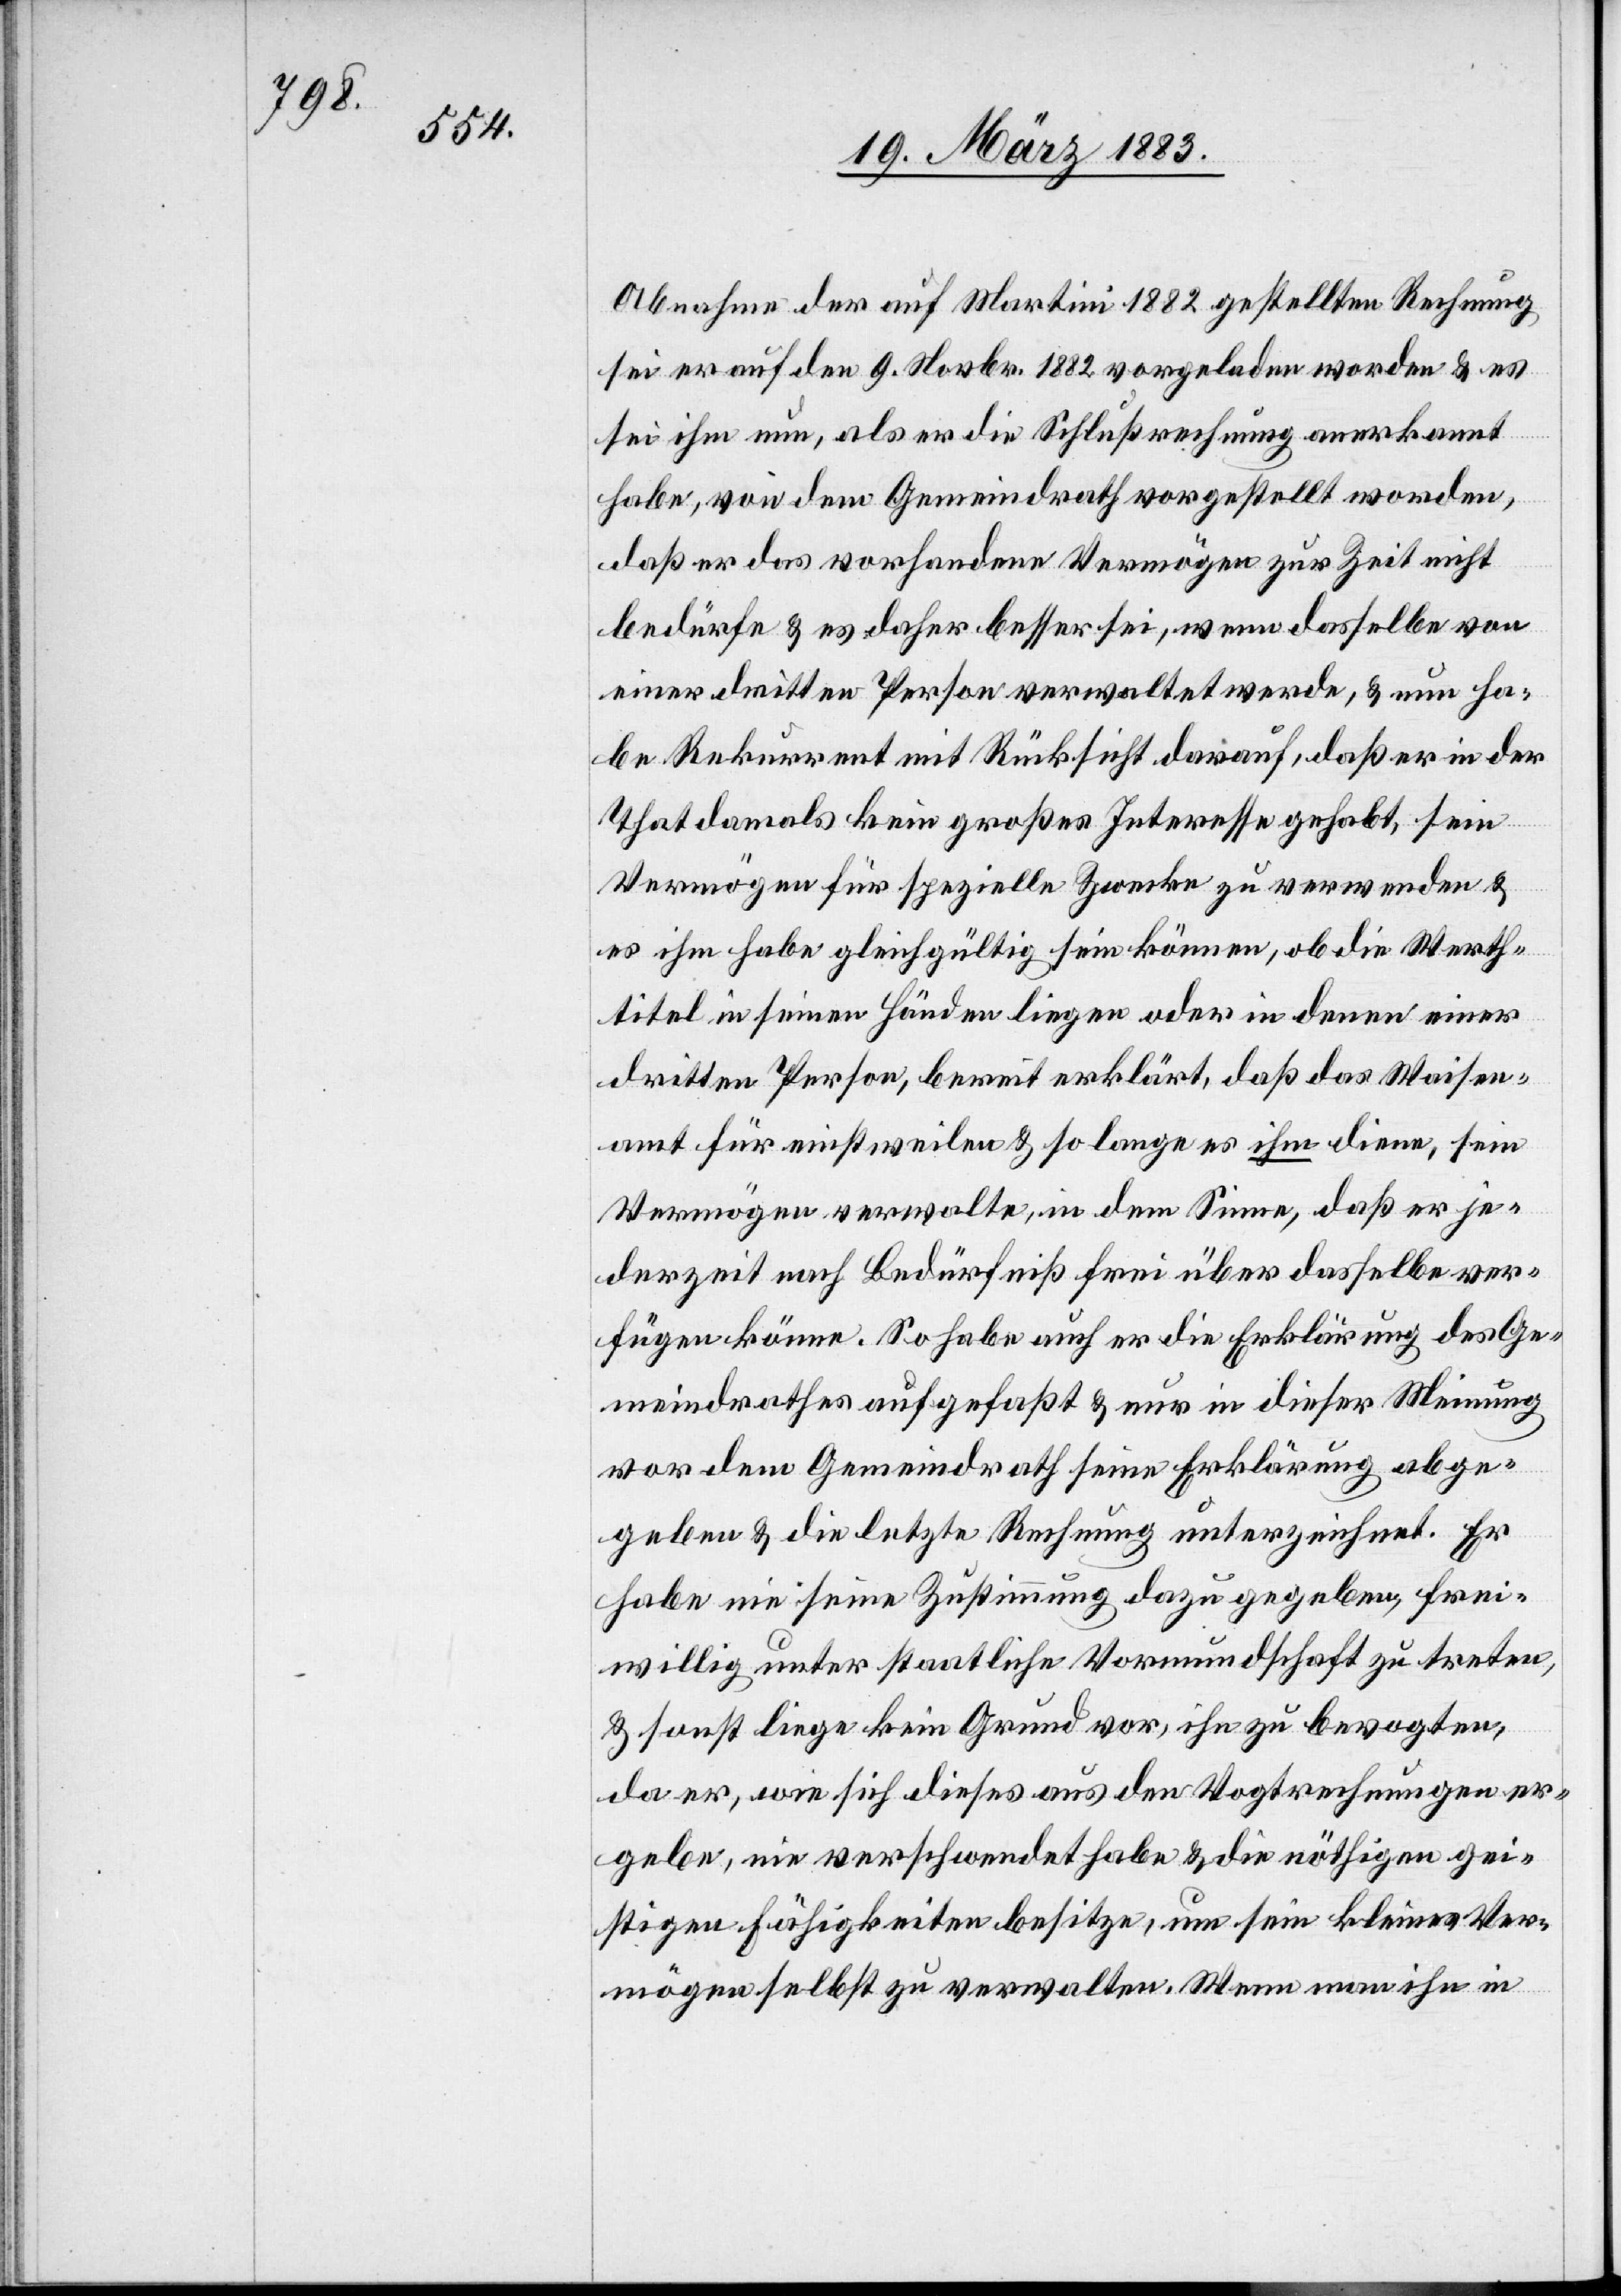
Abnahme der auf Martini 1882 gestellten Rechnung
sei er auf den 9. Novbr. 1882 vorgeladen worden & es
sei ihm nun, als er die Schlußrechnung anerkannt
habe, von dem Gemeindrath vorgestellt worden,
daß er das vorhandene Vermögen zur Zeit nicht
bedürfe & es daher besser sei, wenn dasselbe von
einer dritten Person verwaltet werde, & nun ha¬
be Rekurrent [sich] mit Rücksicht darauf, daß er in der
That damals kein großes Interesse gehabt, sein
Vermögen für spezielle Zwecke zu verwenden &
es ihm habe gleichgültig sein können, ob die Werth¬
titel in seinen Händen liegen oder in denen einer
dritten Person, bereit erklärt, daß das Waisen¬
amt für einstweilen & so lange es ihm diene, sein
Vermögen verwalte, in dem Sinne, daß er je¬
derzeit nach Bedürfniß frei über dasselbe ver¬
fügen könne. So habe auch er die Erklärung des Ge¬
meindrathes aufgefaßt & nur in dieser Meinung
vor dem Gemeindrath seine Erklärung abge¬
geben & die letzte Rechnung unterzeichnet. Er
habe nie seine Zustimmung dazu gegeben, frei¬
willig unter staatliche Vormundschaft zu treten,
& sonst liege kein Grund vor, ihn zu bevogten,
da er, wie sich dieses aus den Vogtrechnungen er¬
gebe, nie verschwendet habe & die nöthigen gei¬
stigen Fähigkeiten besitze, um sein kleines Ver¬
mögen selbst zu verwalten. Wenn man ihn in